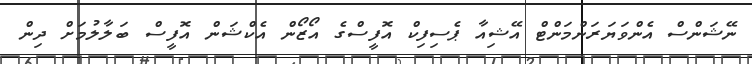
ނޭޝަންސް އެންވަޔަރަންމަންޓް އޭޝިއާ ޕެސިފިކް އޮފީސްގެ އޯޒޯން އެކްޝަން އޮފީސް ބަލާލުމަށް ދިން